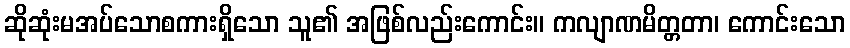
ဆိုဆုံးမအပ်သောစကားရှိသော သူ၏ အဖြစ်လည်းကောင်း။ ကလျာဏမိတ္တတာ၊ ကောင်းသော